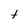
Character: t